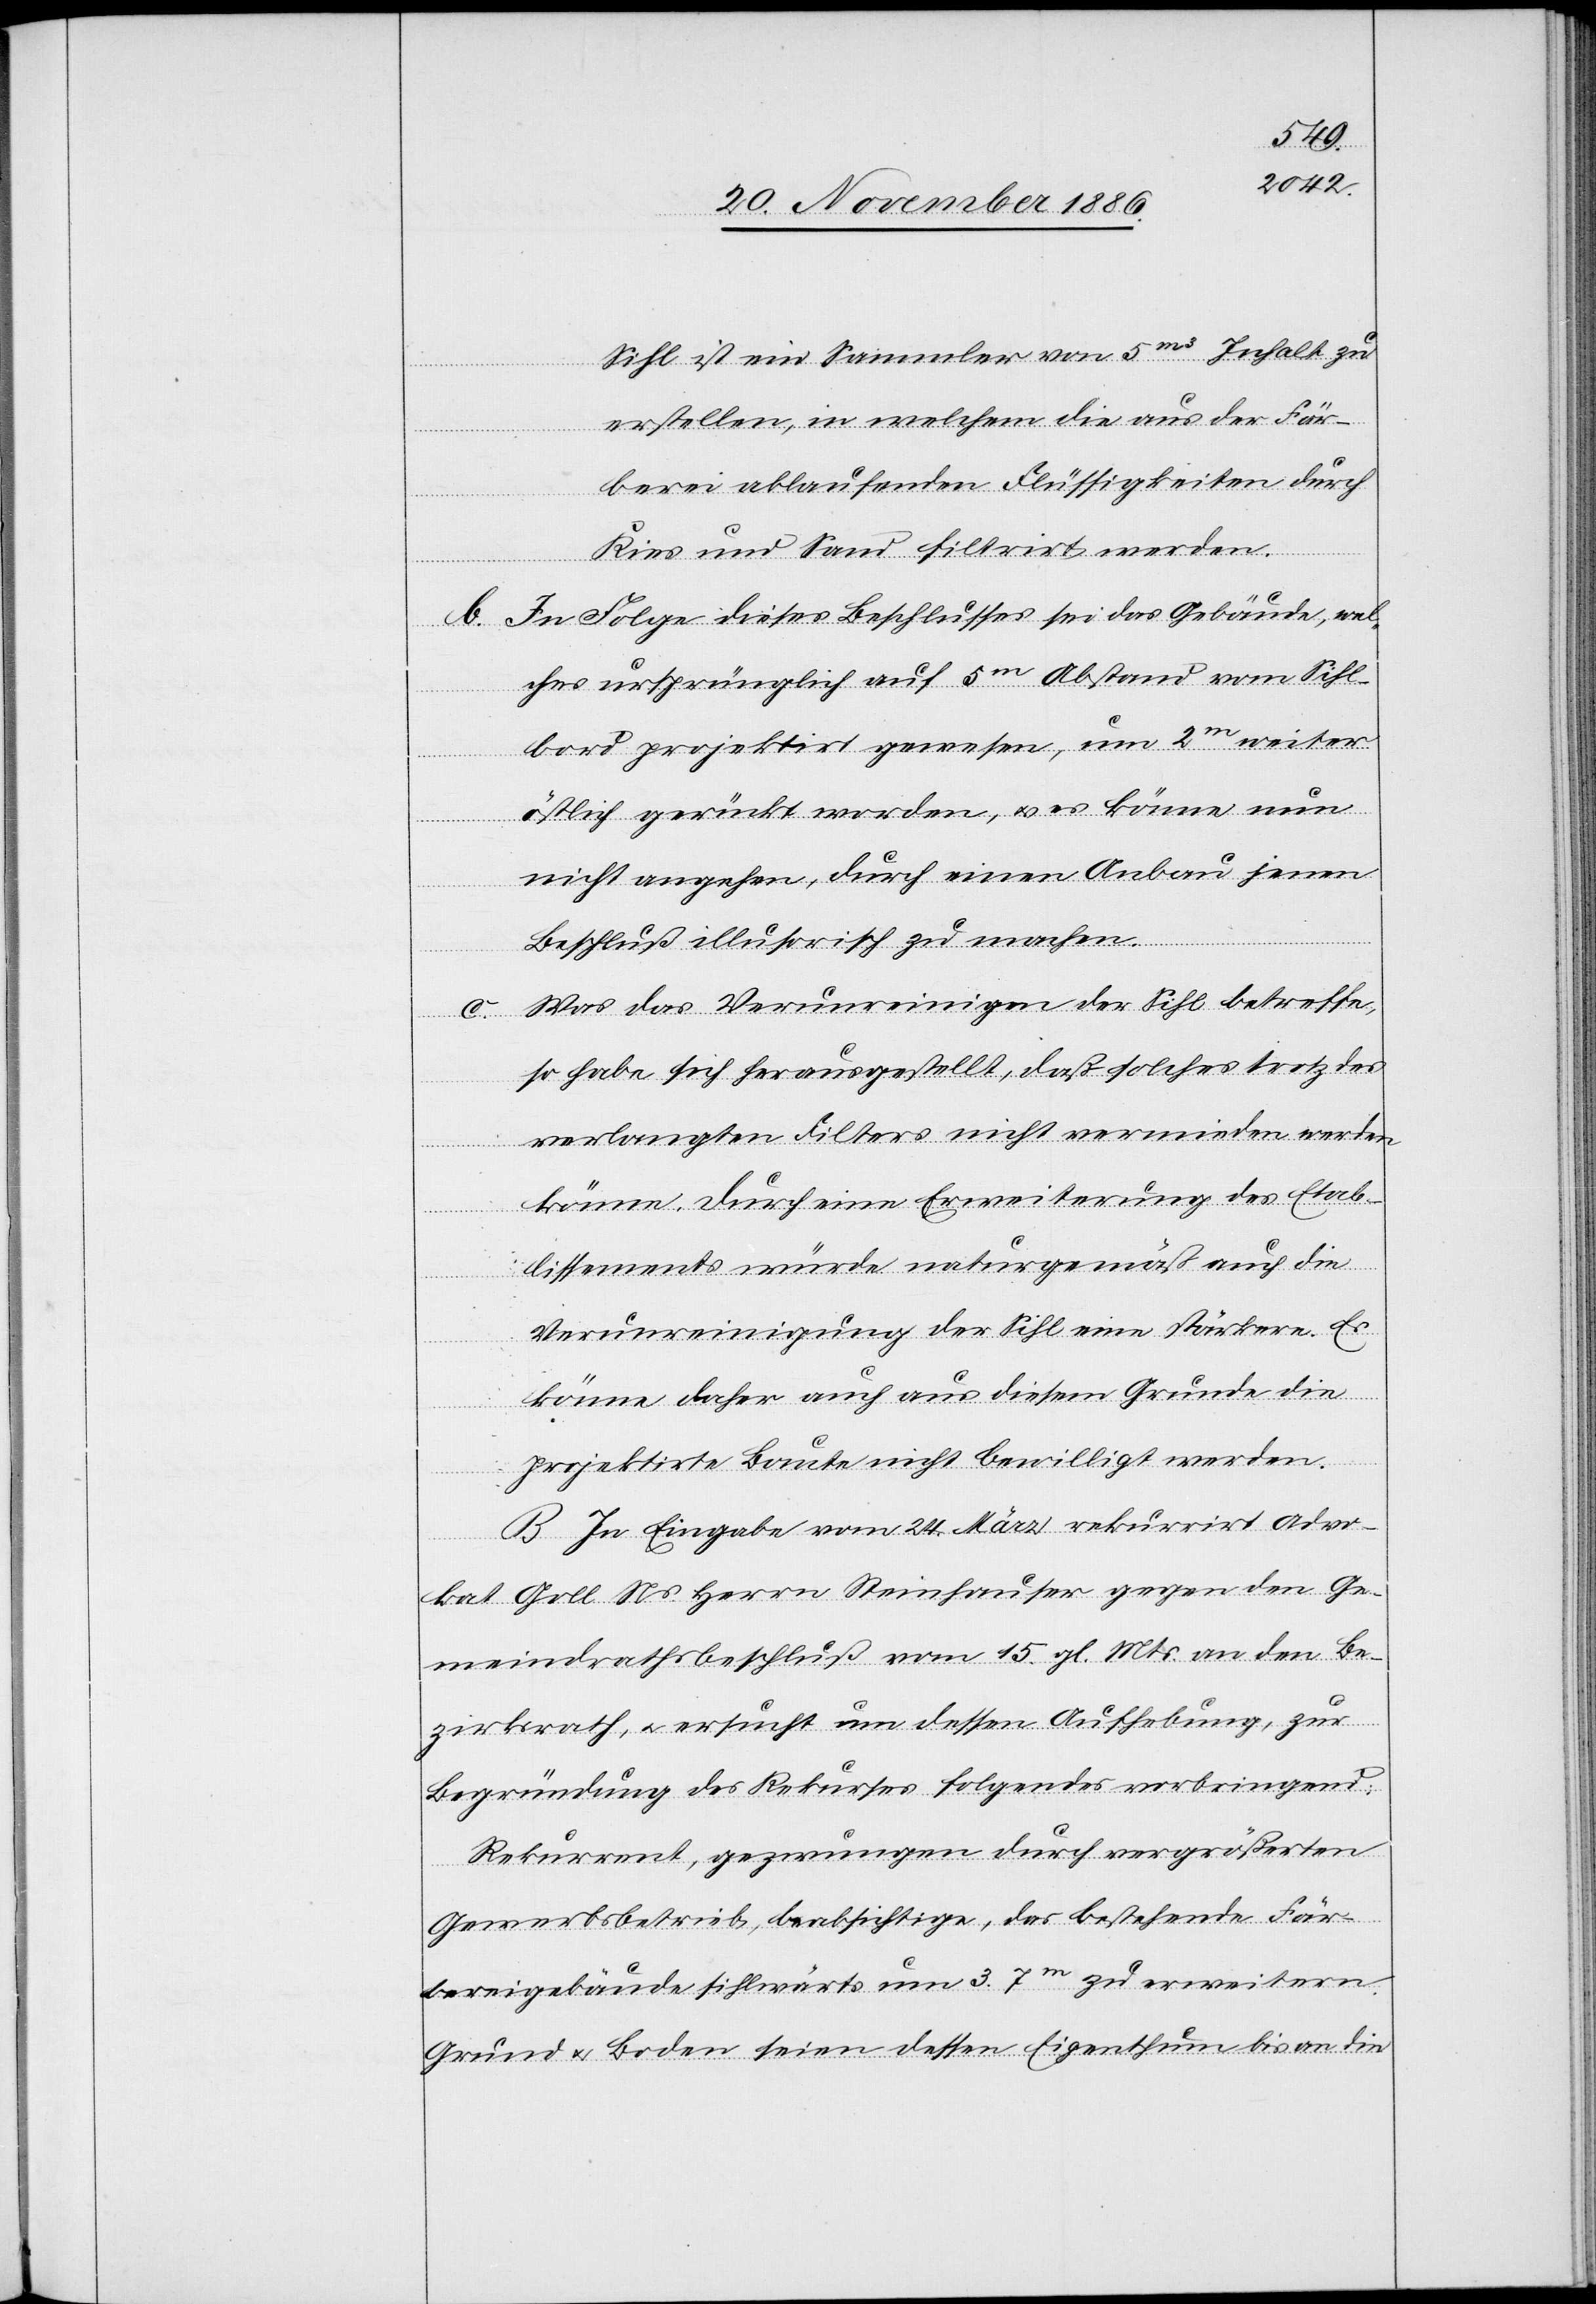
Sihl ist ein Sammler von 5m3 Inhalt zu
erstellen, in welchem die aus der Fär¬
berei ablaufenden Flüssigkeiten durch
Kies und Sand filtrirt werden.
b. In Folge dieses Beschlusses sei das Gebäude, wel¬
ches ursprünglich auf 5m Abstand vom Sihl¬
bord projektirt gewesen, um 2m weiter
östlich gerückt worden, & es könne nun
nicht angehen, durch einen Anbau jenen
Beschluß illusorisch zu machen.
c. Was das Verunreinigen der Sihl betreffe,
so habe sich herausgestellt, daß solches trotz des
verlangten Filters nicht vermieden werden
könne. Durch eine Erweiterung des Etab¬
lissements würde naturgemäß auch die
Verunreinigung der Sihl eine stärkere. Es
könne daher auch aus diesem Grunde die
projektirte Baute nicht bewilligt werden.
B. In Eingabe vom 24. März rekurrirt Advo¬
kat Goll Ns. Herrn Steinhauser gegen den Ge¬
meindrathsbeschluß vom 15. gl. Mts. an den Be¬
zirksrath, & ersucht um dessen Aufhebung, zur
Begründung des Rekurses folgendes vorbringend:
Rekurrent, gezwungen durch vergrößerten
Gewerbsbetrieb, beabsichtige, das bestehende Fär¬
bereigebäude sihlwärts um 3.7m zu erweitern.
Grund & Boden seien dessen Eigenthum bis an die